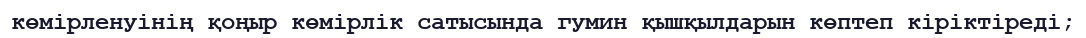
көмірленуінің қоңыр көмірлік сатысында гумин қышқылдарын көптеп кіріктіреді;